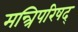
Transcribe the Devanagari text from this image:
मन्त्रिपरिषद्